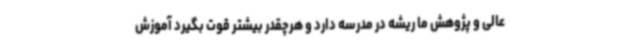
عالی و پژوهش ما ریشه در مدرسه دارد و هرچقدر بیشتر قوت بگیرد آموزش